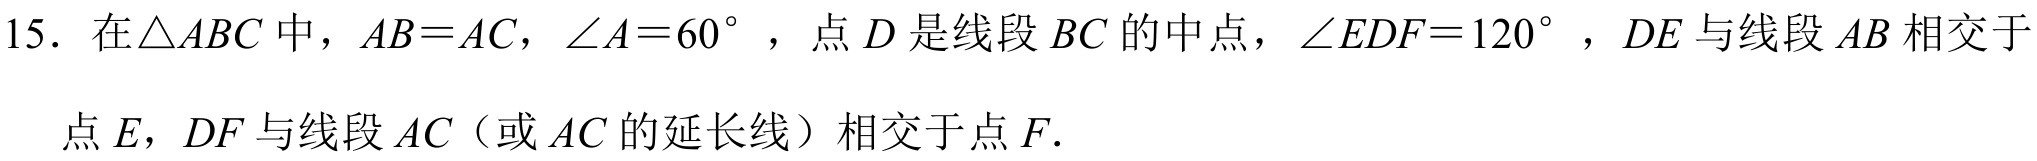
15. 在$\triangle ABC$中，$AB = AC$，$\angle A = 60^{\circ}$，点$D$是线段$BC$的中点，$\angle EDF = 120^{\circ}$，$DE$与线段$AB$相交于
点$E$，$DF$与线段$AC$（或$AC$的延长线）相交于点$F$.